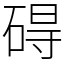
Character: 碍